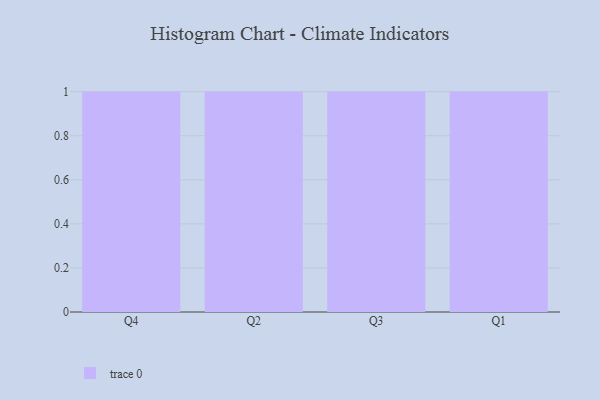
{"axis": {"x": "Quarter", "y": "Waste Production (Tons)"}, "legend": [""], "data": [{"x": "Q4", "y": 57, "type": ""}, {"x": "Q2", "y": 97, "type": ""}, {"x": "Q3", "y": 68, "type": ""}, {"x": "Q1", "y": 59, "type": ""}]}